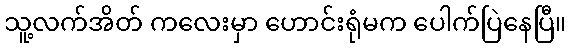
သူ့လက်အိတ် ကလေးမှာ ဟောင်းရုံမက ပေါက်ပြဲနေပြီ။